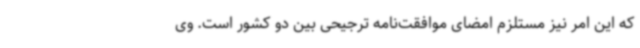
که این امر نیز مستلزم امضای موافقت‌نامه ترجیحی بین دو کشور است. وی